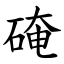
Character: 硽